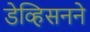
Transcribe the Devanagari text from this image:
डेव्हिसनने